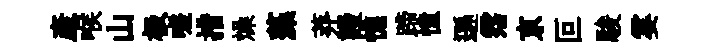
產喉山极嗟措燥藻莽謾憔蹄憧遜霑京叵駿霎